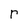
Character: r